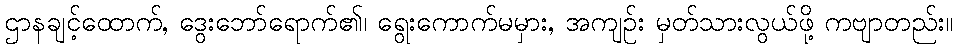
ဌာနချင့်ထောက်, ဒွေးဘော်ရောက်၏၊ ရွေးကောက်မမှား, အကျဉ်း မှတ်သားလွယ်ဖို့ ကဗျာတည်း။